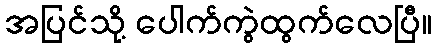
အပြင်သို့ ပေါက်ကွဲထွက်လေပြီ။